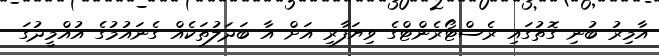
އާމިރު ބުނި ގޮތުގައި ރެސްޓޯރެންޓްގެ ވިޔަފާރި އަށް އާ ބަދަލުތަކެއް ގެނައުމުގެ އުއްމީދުގަ